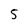
Character: 5